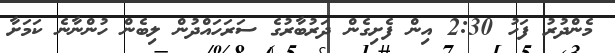
މެންދުރު ފަހު 2:30 އިން ފެށިގެން ދަރުބާރުގެ ސަރަހައްދުން ލިބެން ހުންނާނެ ކަމަށާ